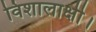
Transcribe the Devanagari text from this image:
विशालाक्षी।